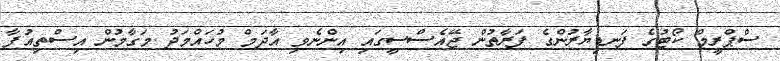
ސްޕްރީމް ކޯޓުގެ ފަނޑިޔާރުންގެ ފަރާތުން ޖޭއެސްސީގައި އިންނެވި އާދަމް މުހައްމަދު މަގާމުން އިސްތިއުފާ